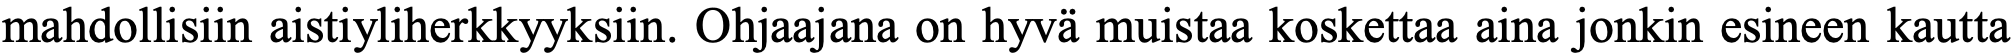
mahdollisiin aistiyliherkkyyksiin. Ohjaajana on hyvä muistaa koskettaa aina jonkin esineen kautta